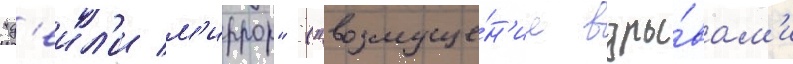
"д'еил'и м'иррор" ("возмуще́н'ие взры́вам'и